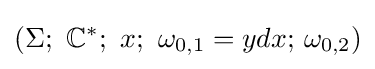
\left(\Sigma ;\ \mathbb {C} ^{*};\ x;\ \omega _{0,1}=ydx;\,\omega _{0,2}\right)